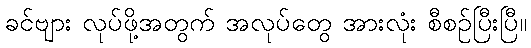
ခင်ဗျား လုပ်ဖို့အတွက် အလုပ်တွေ အားလုံး စီစဉ်ပြီးပြီ။